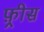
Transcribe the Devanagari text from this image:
फ़्रीस